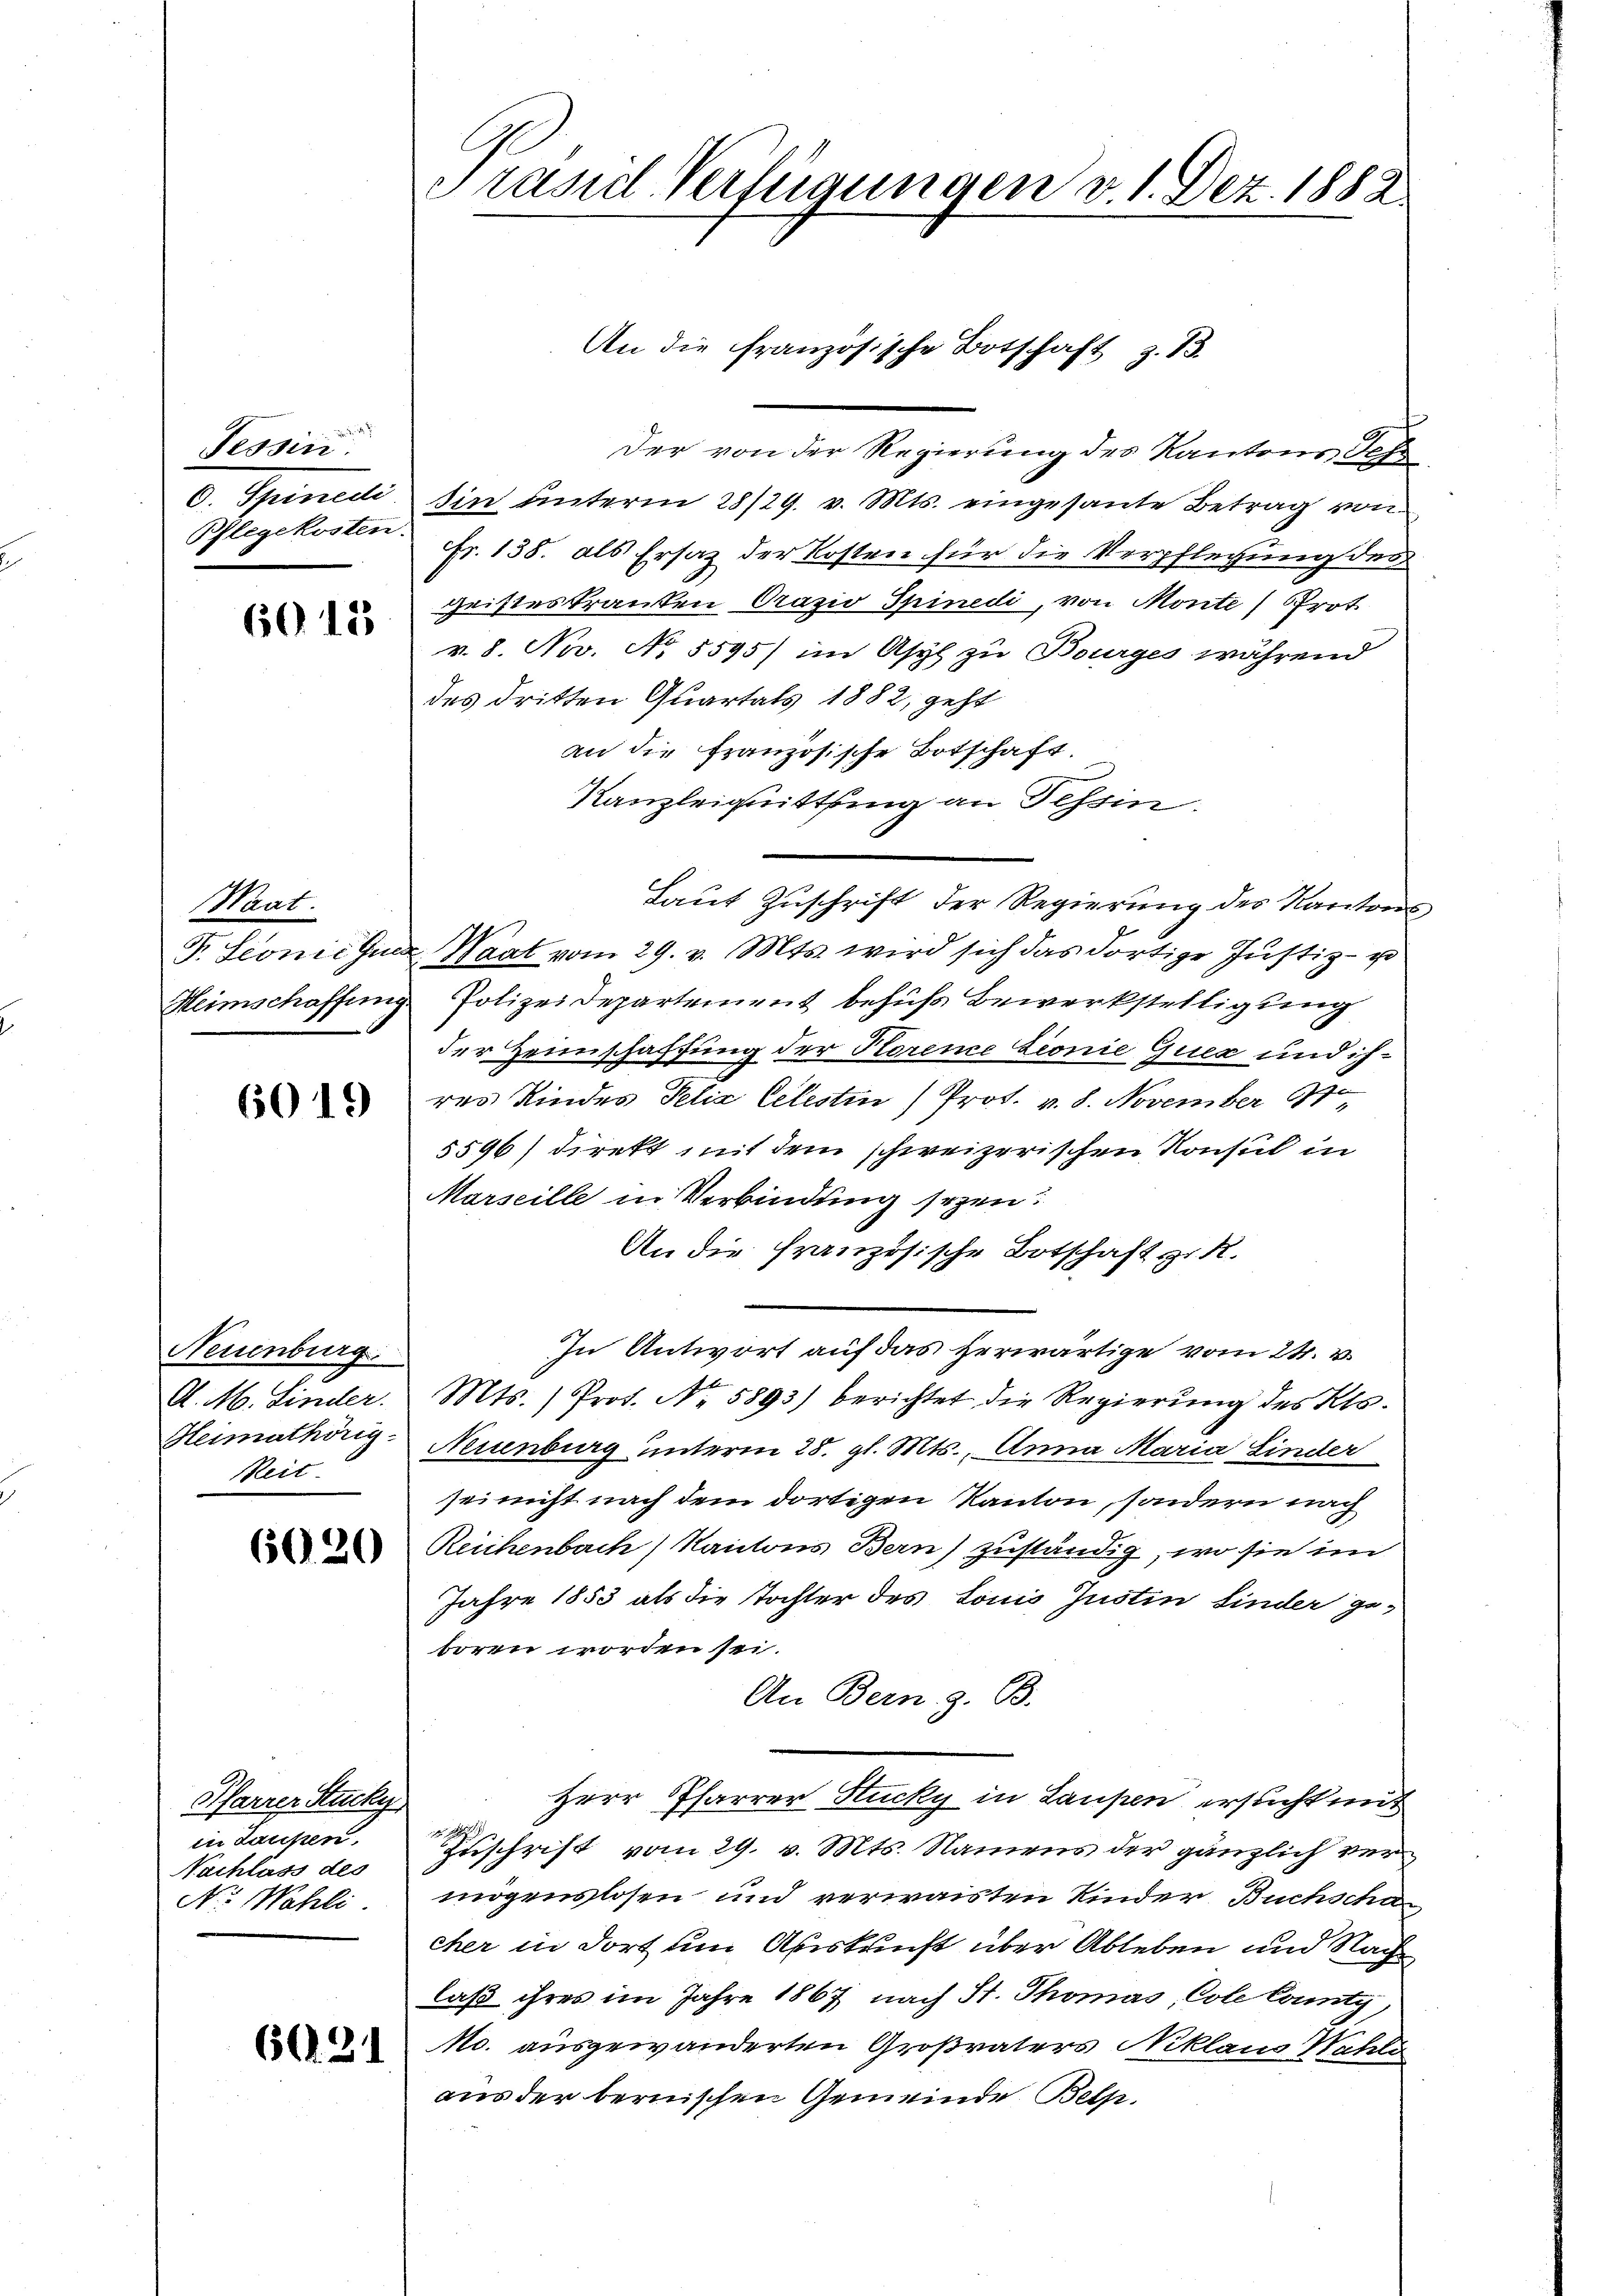
Tessin.
d. Spanieli
Pflegekosten.

6013

Waat.
Fr. Seonić Guns
Heimschaffung

6019

Neuenburg
A. M. Linder.
Heimathörig
Reit

6620

Pfarrer Rucky
in Laufen,
Nachlass des
Nr. Wahli

6621

C
Präsidl Verfügungen v. 1. Dez. 1882

Der von der Regierung des Kantons Schr
sin unterm 28/29. v. Mts. eingesante Betrag von
Fr. 135. als Ersatz der Kosten für die Verpflegung des
geisteskranken Orazio Spinedi, von Monte) Prot
v. 8. Nov. No 5595) im Asyl zu Bourges während
des dritten Quartals 1882, geht
an die französische Botschaft.
Kanzleiquittung an Tessin.
Laut Zuschrift der Regierung des Kantons
Waat vom 29. v. Mts. wird sich das dortige Justiz- u
Polizei Departement behufs Bewerkstelligung
der Heimschaffung der Korene Lionie Quer und ihres Kindes Pelia Celestin) Prot. v. 8. November 197,
5596) direkt mit dem schweizerischen Konsul in
Marseille in Verbindung seyen.
An die französische Botschaft z. R.
In Antwort auf das herwärtige vom 24. v.
Mts. ) Prof. No. 5893) berichtet die Regierung des Kts.
Neuenburg unterm 28. gl. Mts., Anna Maria Linder
sei nicht nach dem dortigen Kanton, sondern nach
Reichenbach Kantons Bern) zuständig, wo sie im
Jahre 1853 als die Tochter des Louis Justin finder geboren worden sei.
An Bern z. B.
Herr Pfarrer Hucky in Laupen ersucht mit

Zuschrift vom 29. v. Mts. Namens der gänzlich vermögenslosen und verwaisten Kinder Buchscha
eher in dort um Auskunft über Ableben und Nach
laß ihres im Jahre 1867 nach St. Thomas, Cole County
Mc. ausgewanderten Großvaters Niklaus Wahli
aus der bernischen Gemeinde Belp.

An die französische Botschaft z. 13.